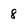
Character: 8